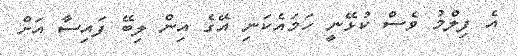
އެ ފިލްމު ވެސް ކުޅޭނީ ހަމައެކަނި އޭގެ އިން ލިބޭ ފައިސާ އަށް